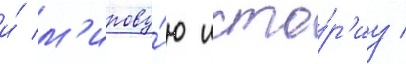
и́ м'ирову́ю исто́р'иу /